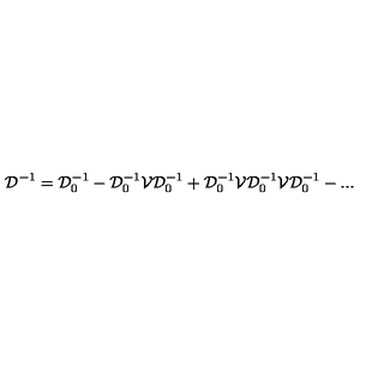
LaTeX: { \mathcal D } ^ { - 1 } = { \mathcal D } _ { 0 } ^ { - 1 } - { \mathcal D } _ { 0 } ^ { - 1 } { \mathcal V } { \mathcal D } _ { 0 } ^ { - 1 } + { \mathcal D } _ { 0 } ^ { - 1 } { \mathcal V } { \mathcal D } _ { 0 } ^ { - 1 } { \mathcal V } { \mathcal D } _ { 0 } ^ { - 1 } - . . .